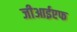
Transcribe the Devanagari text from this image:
जीआईएफ